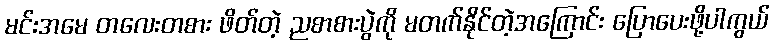
မင်းအမေ တလေးတစား ဖိတ်တဲ့ ညစာစားပွဲကို မတက်နိုင်တဲ့အကြောင်း ပြောပေးဖို့ပါကွယ်